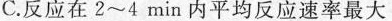
C.反应在2~4min内平均反应速率最大